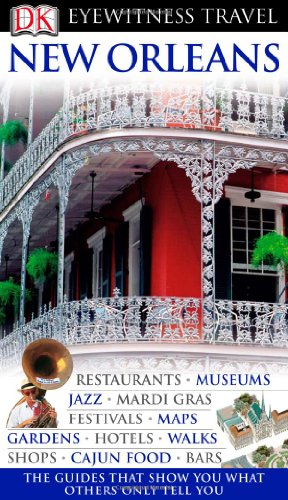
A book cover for New Orleans (Eyewitness Travel Guides); Marilyn Wood; Travel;